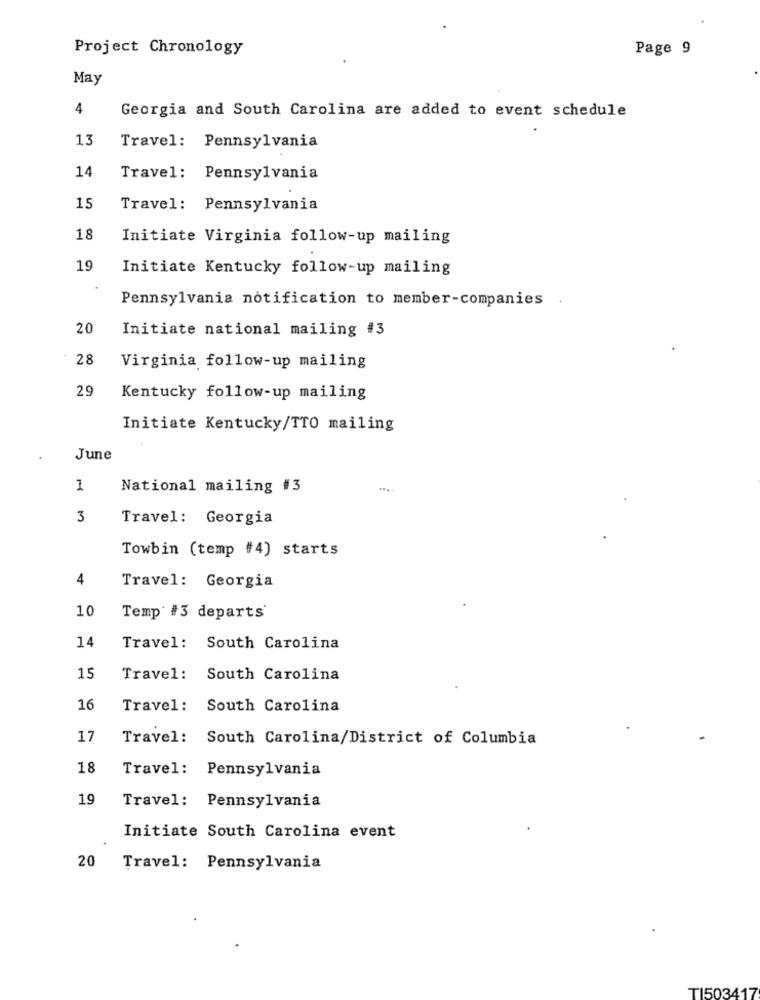
Project Chronology
Page 9
May
4
Georgia and South Carolina are added to event schedule
13
Travel: Pennsylvania
14
Travel: Pennsylvania
15
Travel: Pennsylvania
18
Initiate Virginia follow-up mailing
19
Initiate Kentucky follow-up mailing
Pennsylvania notification to member-companies
20
Initiate national mailing #3
28
Virginia follow-up mailing
29
Kentucky follow-up mailing
Initiate Kentucky/TTO mailing
June
1
National mailing #3
3
Travel: Georgia
Towbin (temp #4) starts
4
Travel: Georgia
10
Temp' #3 departs'
14
Travel: South Carolina
15
Travel: South Carolina
16
Travel: South Carolina
17
Travel: South Carolina/District of Columbia
18
Travel: Pennsylvania
19
Travel: Pennsylvania
Initiate South Carolina event
20
Travel: Pennsylvania
TI503417